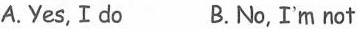
_A.Yes, I do B.No, I'm not